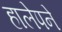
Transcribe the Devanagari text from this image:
हालेपने